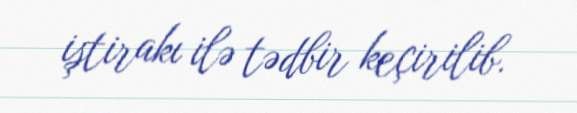
iştirakı ilə tədbir keçirilib.